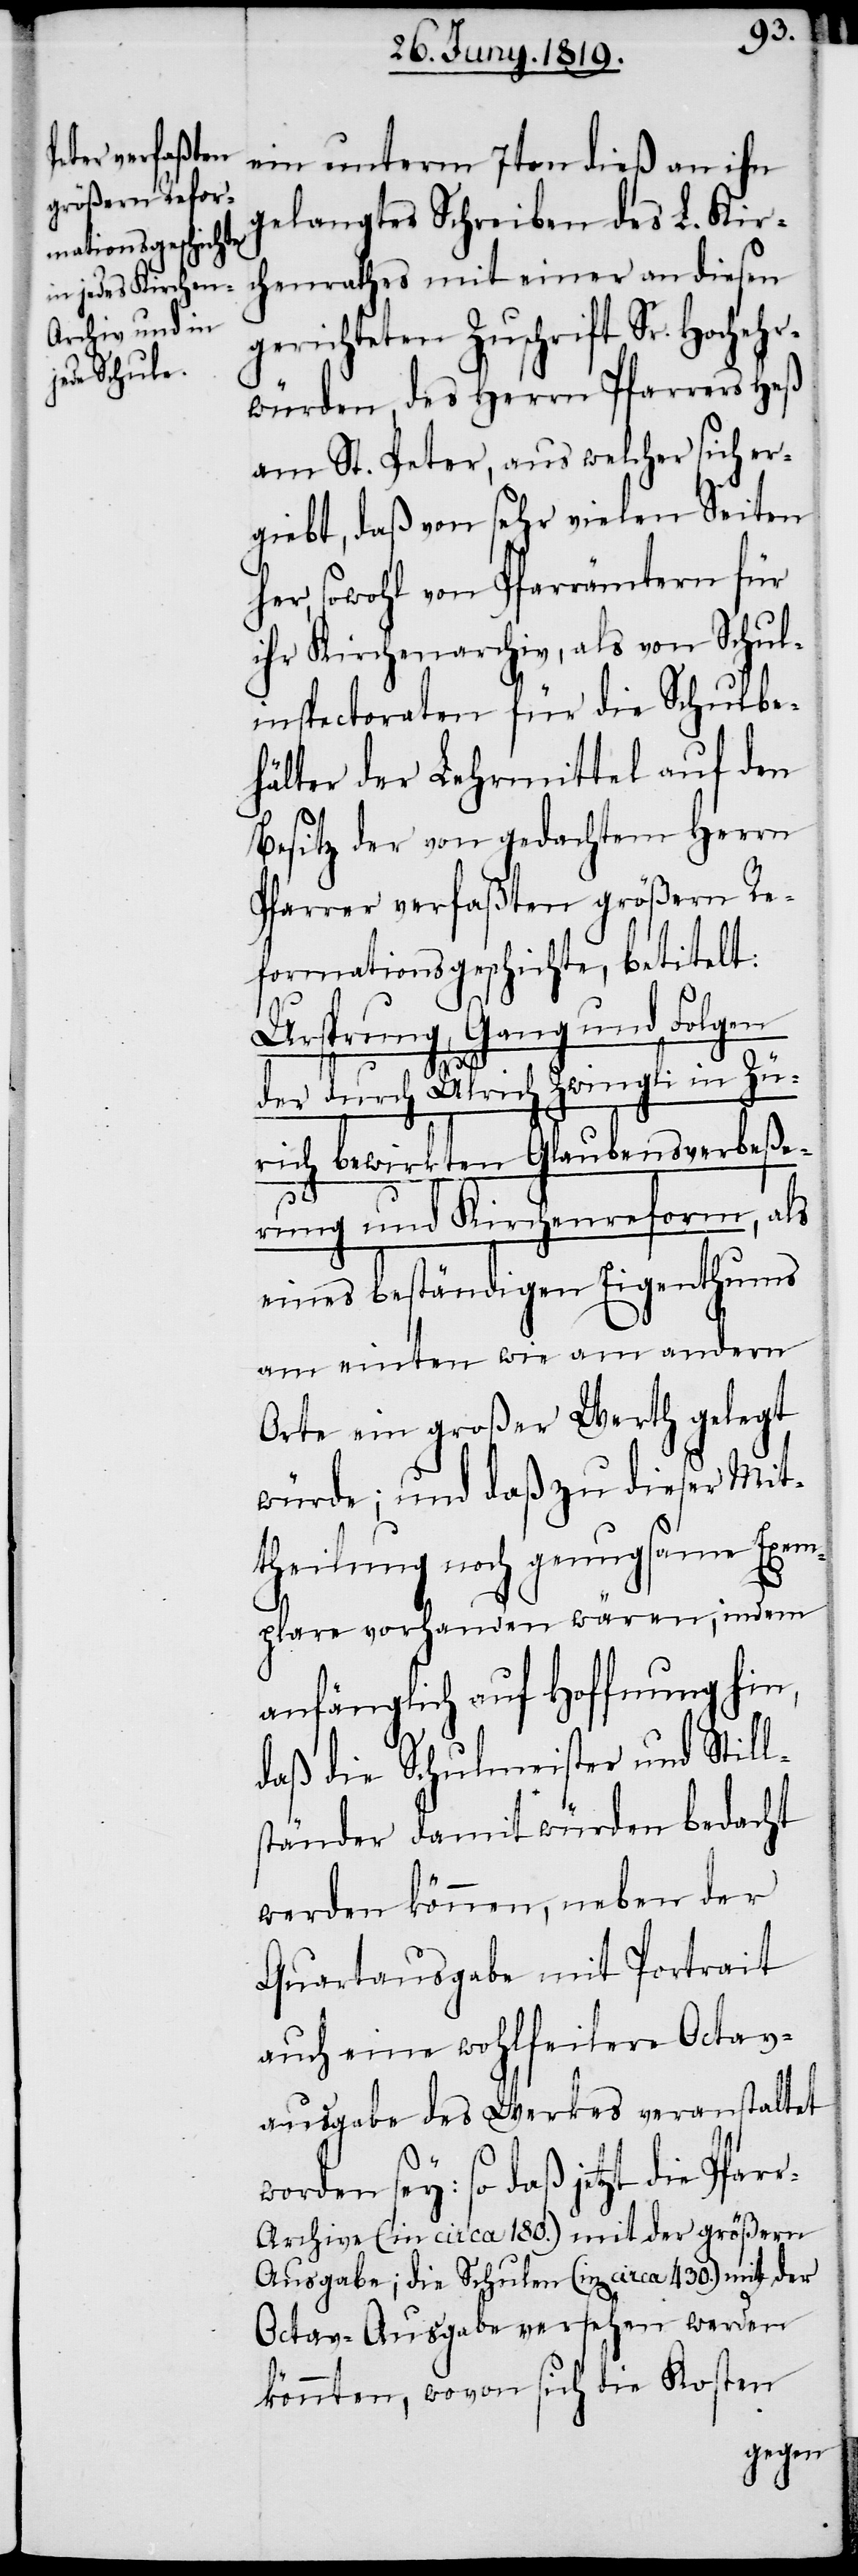
ein unterm 7ten dieß an ihn
gelangtes Schreiben des L. Kir¬
chenrathes mit einer an diesen
gerichteten Zuschrift Sr. Hochehr¬
würden, des Herrn Pfarrers Heß
am St. Peter, aus welcher sich er¬
giebt, daß von sehr vielen Seiten
her, sowohl von Pfarrämtern für
ihr Kirchenarchiv, als von Schul¬
inspectoraten für die Schulbe¬
hälter der Lehrmittel auf den
Besitz der von gedachtem Herrn
Pfarrer verfaßten größern Re¬
formationsgeschichte, betitelt:
Ursprung, Gang und Folgen
der durch Ulrich Zwingli in Zü¬
rich bewirkten Glaubensverbeße¬
rung und Kirchenreform, als
eines beständigen Eigenthums
am einten wie am andern
Orte ein großer Werth gelegt
würde; und daß zu dieser Mit¬
theilung noch genugsame Exem¬
plare vorhanden wären, indem
anfänglich auf Hoffnung hin,
daß die Schulmeister und Still¬
ständer damit würden bedacht
werden können, neben der
Quartausgabe mit Portrait
auch eine wohlfeilen Octav¬
ausgabe des Werkes veranstaltet
sey: so daß jetzt die Pfar¬
r-Archive (in circa 180.) mit der größern
Ausgabe; die Schulen (in circa 430.) mit der
Octav-Ausgabe versehen werden
könnten, wovon sich die Kosten